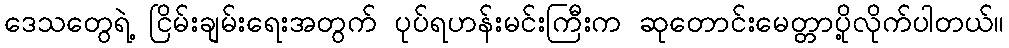
ဒေသတွေရဲ့ ငြိမ်းချမ်းရေးအတွက် ပုပ်ရဟန်းမင်းကြီးက ဆုတောင်းမေတ္တာပို့လိုက်ပါတယ်။